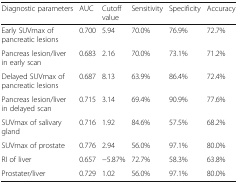
<table><thead><tr><td><b>Diagnostic parameters</b></td><td><b>AUC</b></td><td><b>Cutoff value</b></td><td><b>Sensitivity</b></td><td><b>Specificity</b></td><td><b>Accuracy</b></td></tr></thead><tbody><tr><td>Early SUVmax of pancreatic lesions</td><td>0.700</td><td>5.94</td><td>70.0%</td><td>76.9%</td><td>72.7%</td></tr><tr><td>Pancreas lesion/liver in early scan</td><td>0.683</td><td>2.16</td><td>70.0%</td><td>73.1%</td><td>71.2%</td></tr><tr><td>Delayed SUVmax of pancreatic lesions</td><td>0.687</td><td>8.13</td><td>63.9%</td><td>86.4%</td><td>72.4%</td></tr><tr><td>Pancreas lesion/liver in delayed scan</td><td>0.715</td><td>3.14</td><td>69.4%</td><td>90.9%</td><td>77.6%</td></tr><tr><td>SUVmax of salivary gland</td><td>0.716</td><td>1.92</td><td>84.6%</td><td>57.5%</td><td>68.2%</td></tr><tr><td>SUVmax of prostate</td><td>0.776</td><td>2.94</td><td>56.0%</td><td>97.1%</td><td>80.0%</td></tr><tr><td>RI of liver</td><td>0.657</td><td>−5.87%</td><td>72.7%</td><td>58.3%</td><td>63.8%</td></tr><tr><td>Prostater/liver</td><td>0.729</td><td>1.02</td><td>56.0%</td><td>97.1%</td><td>80.0%</td></tr></tbody></table>